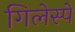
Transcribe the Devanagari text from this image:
गिलेस्पे